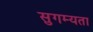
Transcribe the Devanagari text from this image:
सुगम्यता